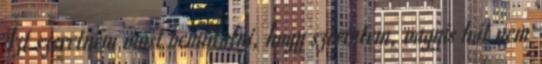
Azt szeretném most bemutatni, hogy szerintem, vagyis hát nem